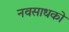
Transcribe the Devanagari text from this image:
नवसाधकों